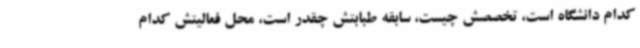
کدام دانشگاه است، تخصصش چیست، سابقه طبابتش چقدر است، محل فعالیتش کدام